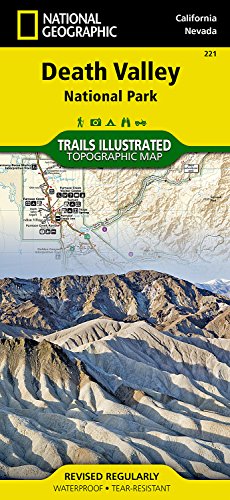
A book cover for Death Valley National Park (National Geographic Trails Illustrated Map); National Geographic Maps - Trails Illustrated; Reference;